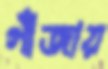
গাঁজায়